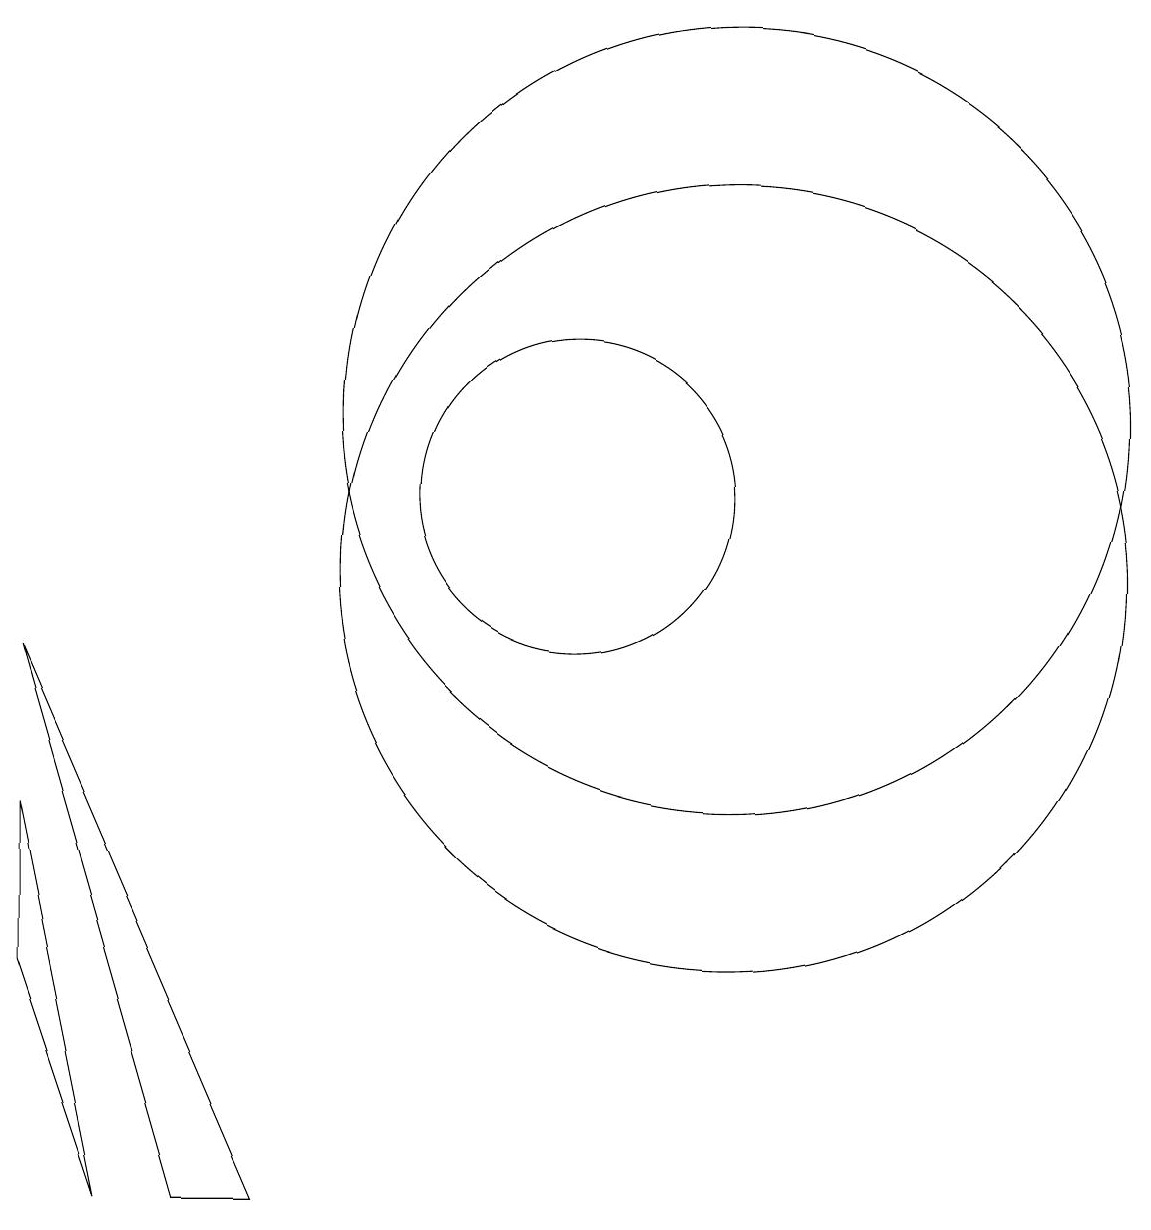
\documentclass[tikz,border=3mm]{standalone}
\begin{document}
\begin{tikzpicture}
\draw (12,12) circle (5);
\draw (11,11) circle (0);
\draw (12,10) circle (5);
\draw (4,2) -- (3,5) -- (3,7) -- cycle;
\draw (10,11) circle (2);
\draw (3,9) -- (6,2) -- (5,2) -- cycle;
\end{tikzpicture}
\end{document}